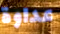
عداوة